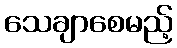
သေချာစေမည့်